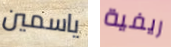
ياسمين ريفية